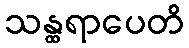
သန္ထရာပေတိ